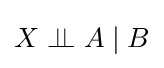
X\perp \!\!\!\perp A\mid B